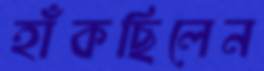
হাঁকছিলেন